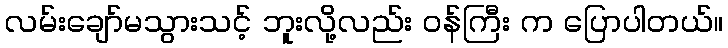
လမ်းချော်မသွားသင့် ဘူးလို့လည်း ဝန်ကြီး က ပြောပါတယ်။